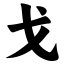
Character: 戈